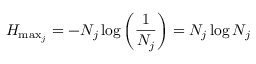
H _ { \operatorname* { m a x } _ { j } } = - N _ { j } \log \left( \frac { 1 } { N _ { j } } \right) = N _ { j } \log N _ { j }